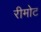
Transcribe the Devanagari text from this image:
रीमोट